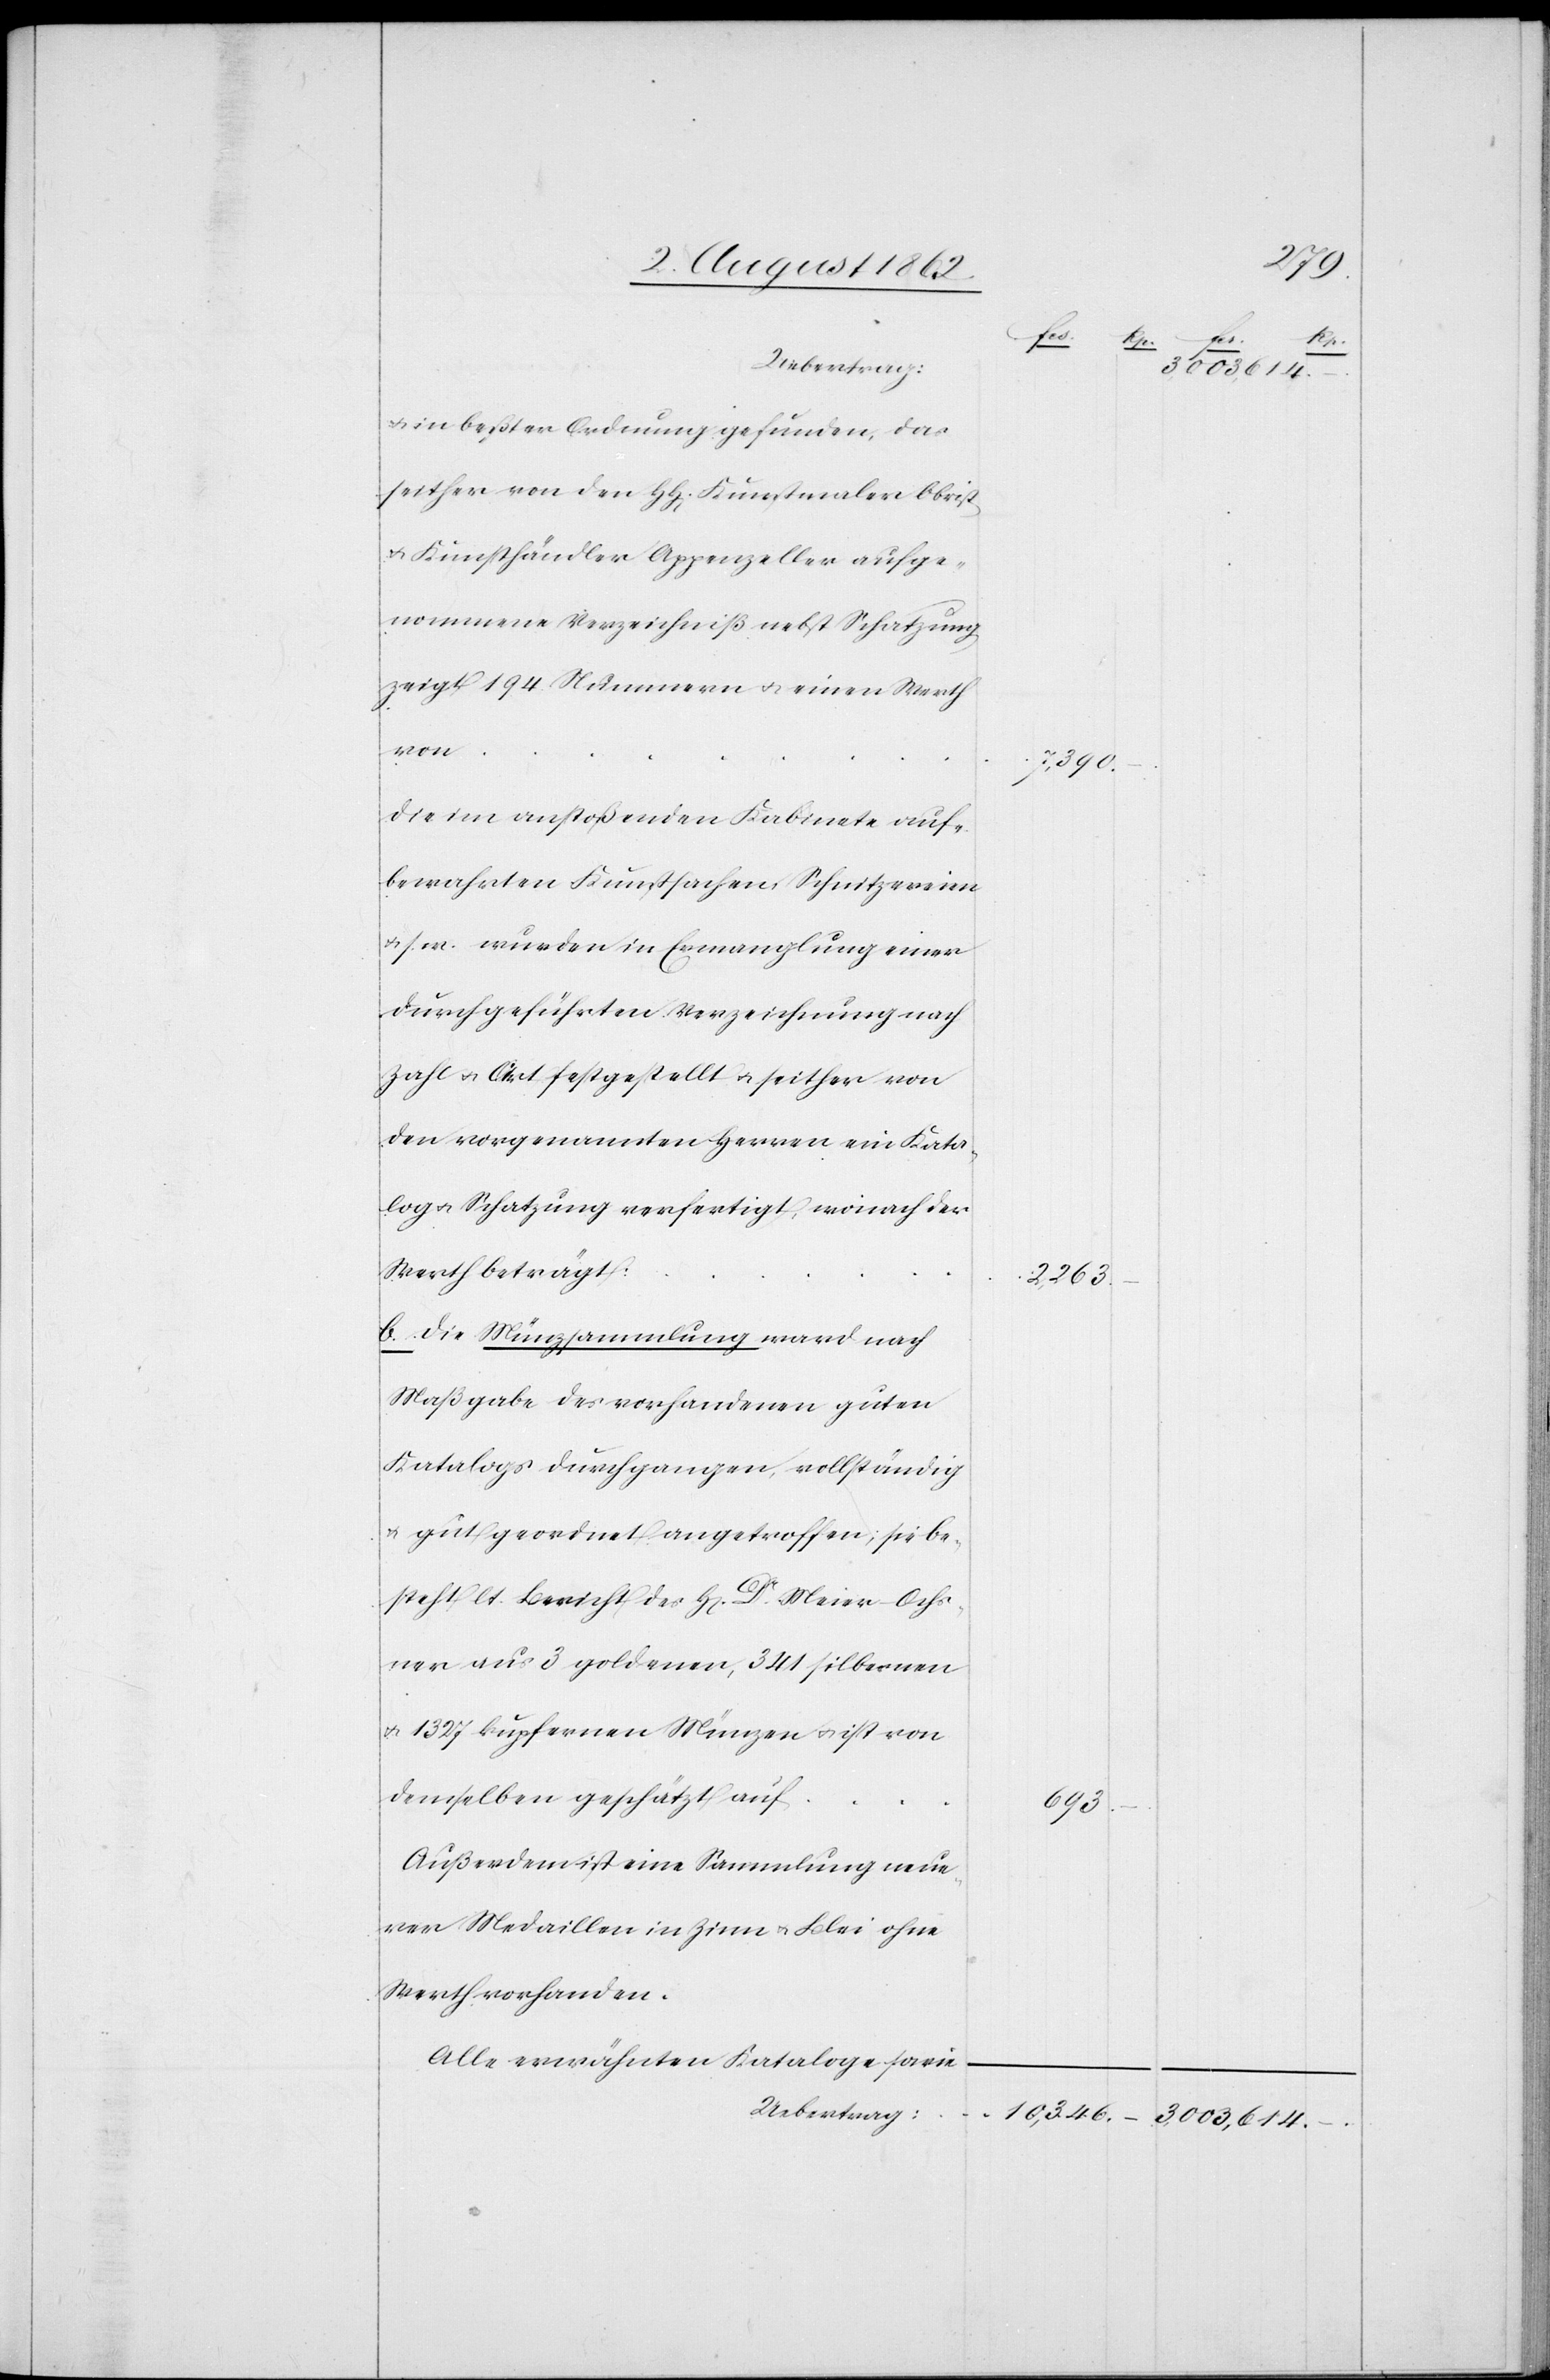
u. in beßter Ordnung gefunden, das
seither von den HH[erren] Kunstmaler Obrist
u. Kunsthändler Appenzeller aufge¬
nommene Verzeichniß nebst Schatzung
zeigt 194 Nummern u. einen Werth
von
Die im anstoßenden Kabinete auf¬
bewahrten Kunstsachen, Schnitzereien
u. s. w. wurden in Ermanglung einer
durchgeführten Verzeichnung nach
Zahl u. Art festgestellt u. seither von
den vorgenannten Herren ein Kata¬
log u. Schatzung verfertigt, wonach der
Werth beträgt:
b. Die Münzsammlung ward nach
Maßgabe des vorhandenen guten
Katalogs durchgegangen, vollständig
u. gut geordnet angetroffen, sie be¬
steht lt. Bericht des H[errn] Dr. Meier-Ochs¬
ner aus 3 goldenen, 341 silbernen
u. 132 kupfernen Münzen u. ist von
demselben geschätzt auf
Außerdem ist eine Sammlung neue¬
rer Medaillen in Zinn u. Blei ohne
Werth vorhanden.
Alle erwähnten Kataloge sowie
Uebertrag:

7,390.
2,263
693.

–

3,003,614